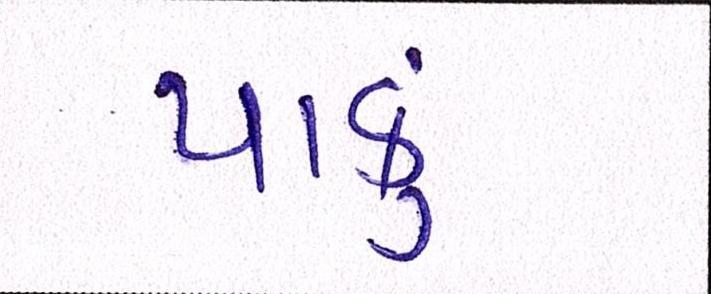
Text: પાકું